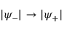
| \psi _ { - } | \to | \psi _ { + } |